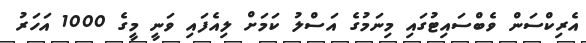
އެރިކްސަން ވެބްސައިޓުގައި މިނަމުގެ އަސްލު ކަމަށް ލިއެފައި ވަނީ މީގެ 1000 އަހަރު